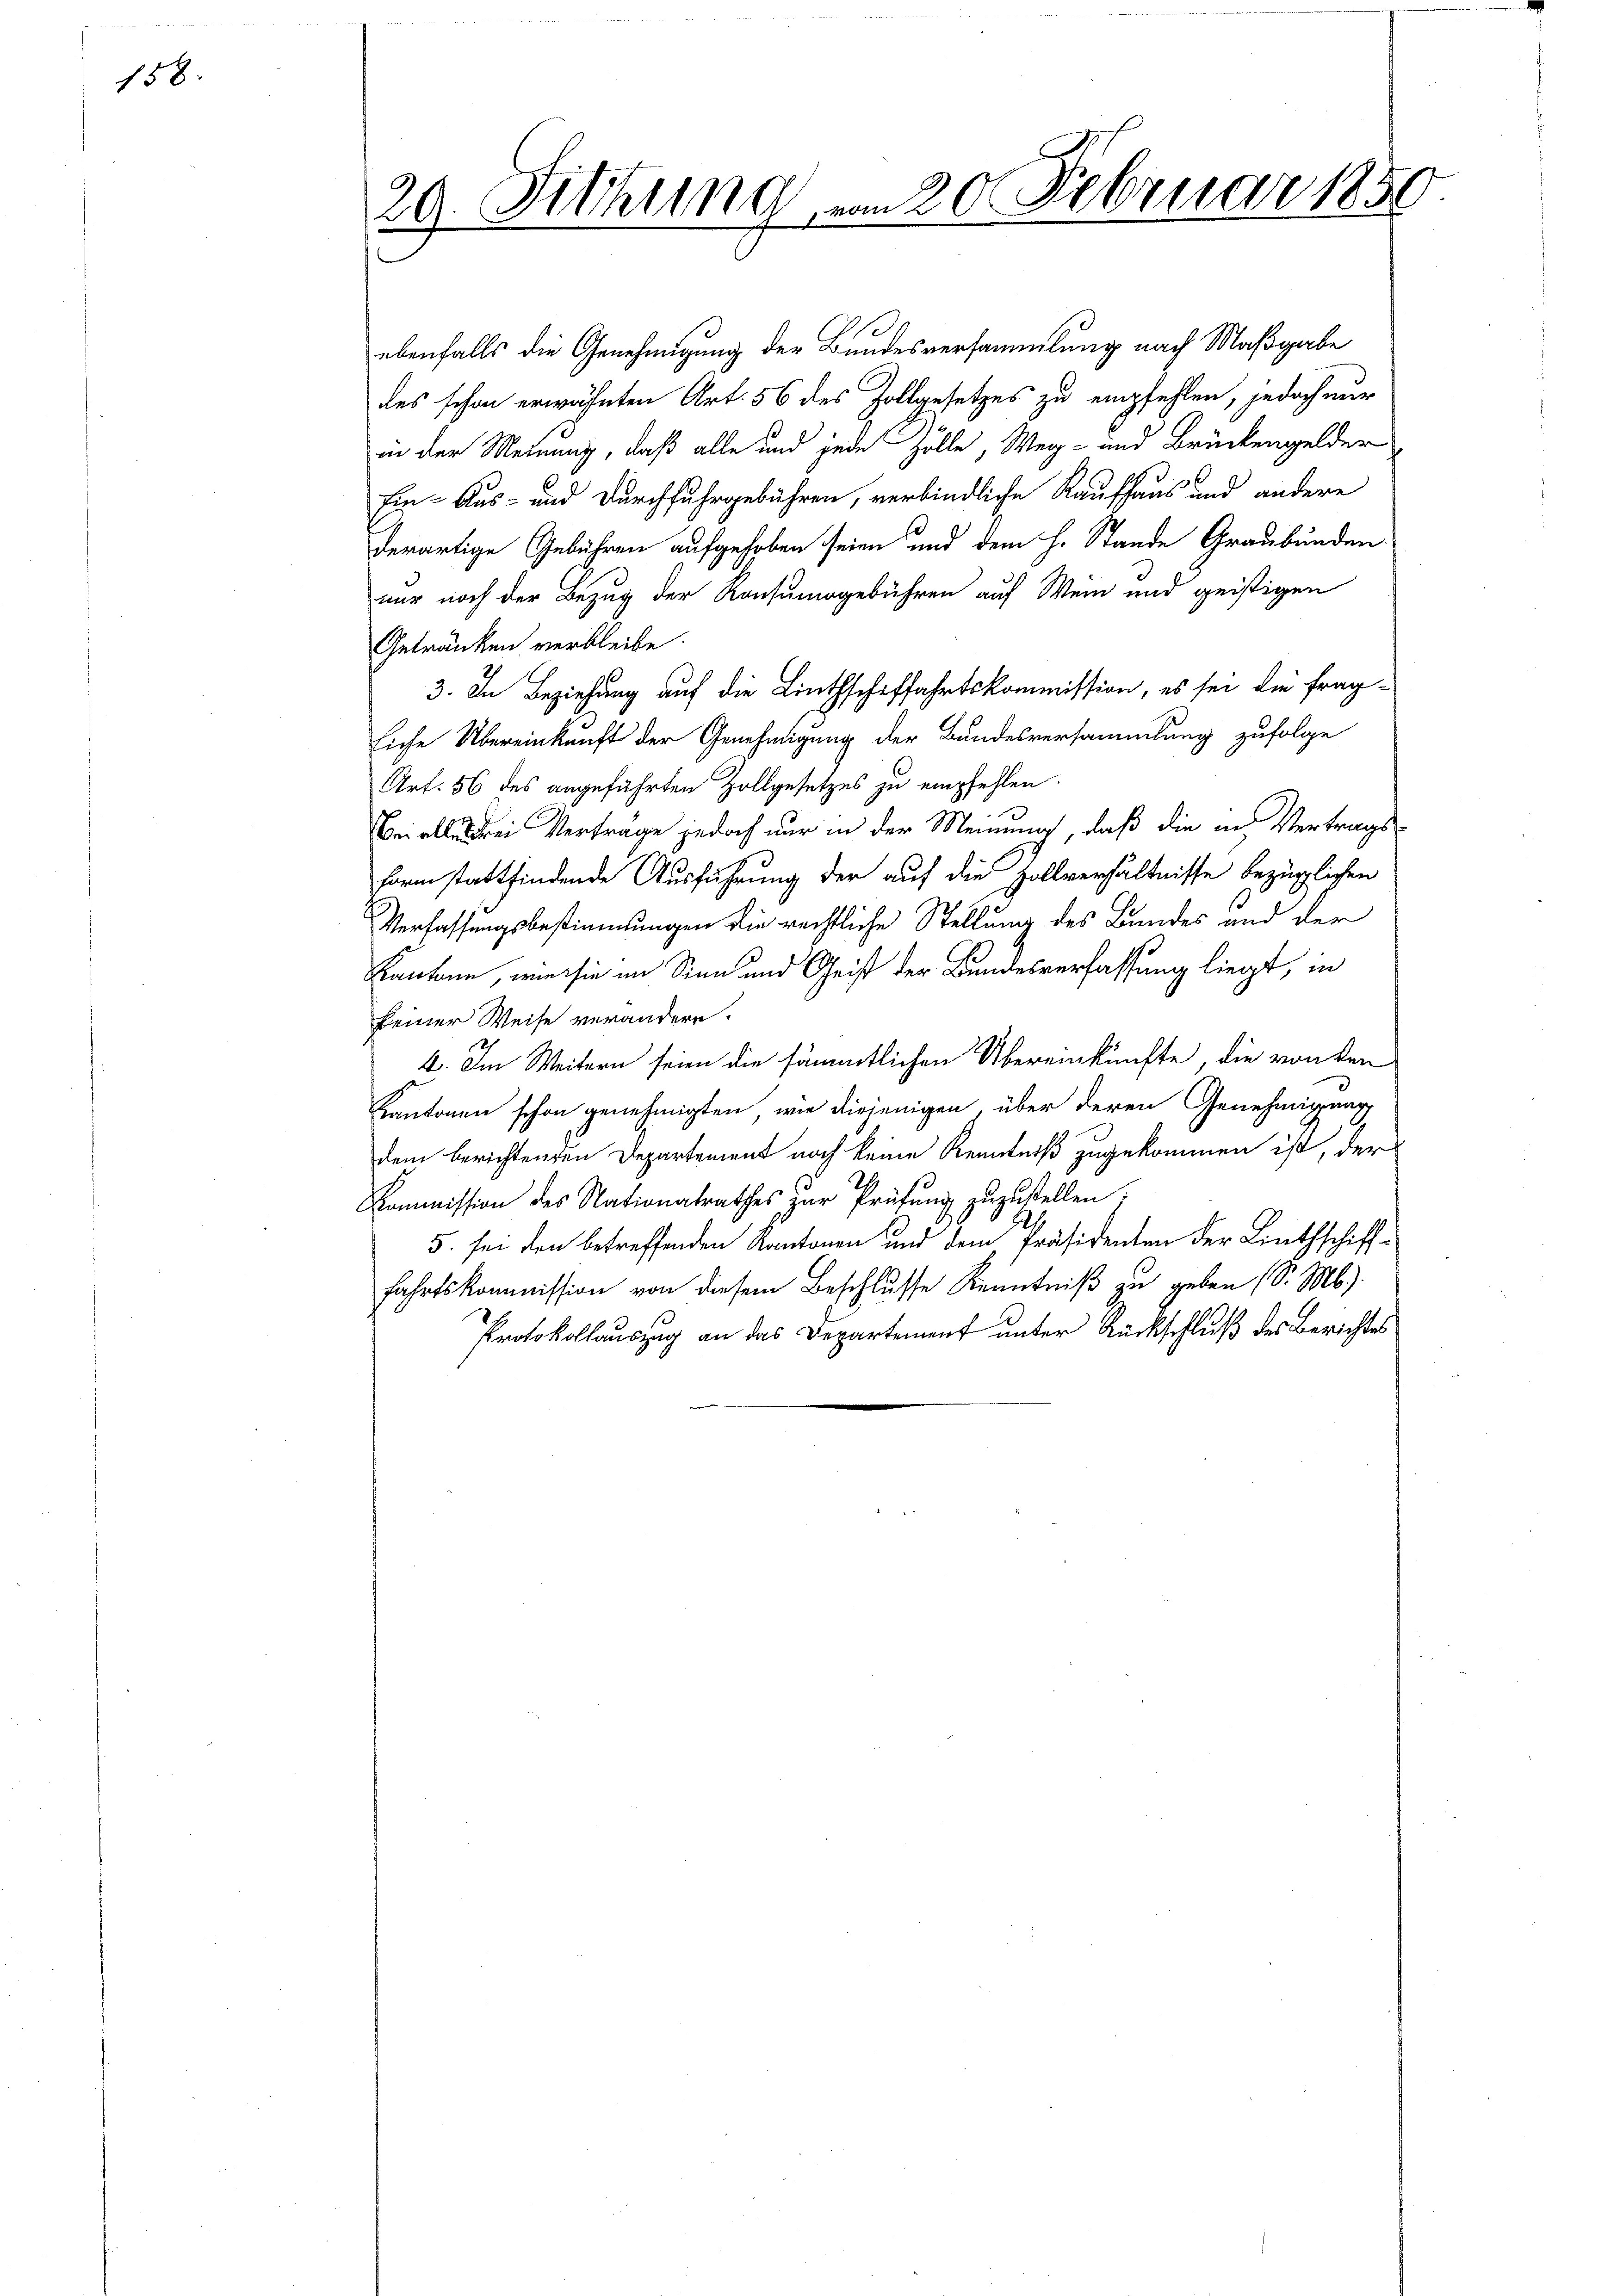
158.

20. Fittung vom 20. Februar 1850

ebenfalls die Genehmigung der Bundesversammlung nach Maßgabe
des schon erwähnten Art. 56 des Zollgesetzes zu empfehlen, jedoch nur
in der Meinung, daß alle und jede Zolle, Weg- und Brückengelder
Ein- Aus- und Durchfuhrgebühren, verbindliche Raufhaus und andere
derartige Gebühren aufgehoben seien und dem H. Stande Graubünden
nur noch der Bezug der Konsumsgebühren auf Wein und geistigen
Getränken verbleibe.
3. In Beziehung auf die Linthschiffahrtskommission, es sei die fragliche Übereinkunft der Genehmigung der Bundesversammlung zufolge
Art. 56 des angeführten Zollgesetzes zu empfehlen.
ldrei Verträge jedoch nur in der Meinung, daß die in Vertragsform stattfindende Ausführung der auf die Zollverhältnisse bezüglichen
Verfassungsbestimmungen die rechtliche Stellung des Bundes und der
Kantone, wie sie im Sinn und Geist der Bundesverfassung liegt, in
feiner Weise verändere.
4. Im Weitern seien die sämmtlichen Übereinkünfte, die von den
Kantonen schon genehmigten, wie diejenigen über deren Genehmigung
dem berichtenden Departement noch keine Kenntniß zugekommen ist, der
Kommission des Nationalrathes zŭr Prüfŭng zuzustellen.
5. sei den betreffenden Kantonen und dem Präsidenten der Linthschifffahrtskommission von diesem Beschlusse Kenntniß zu geben (S. M.).
Protokollauszug an das Departement unter Rückschluß des Berichtes